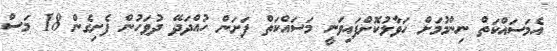
އެމަސައްކަތް ނިންމުމަށް ހަވާލުކޮށްފައިވަނީ މަސައްކަތް ފަށަން ހުއްދަދޭ ދުވަހުން ފެށިގެން 18 މަސް